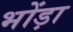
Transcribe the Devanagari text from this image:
भोंड़ा